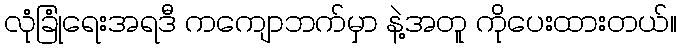
လုံခြုံရေးအရဒီ ကကျောဘက်မှာ နဲ့အတူ ကိုပေးထားတယ်။